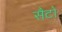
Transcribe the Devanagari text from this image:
सैटो